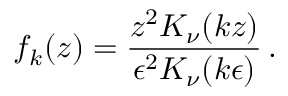
f _ { k } ( z ) = { \frac { z ^ { 2 } K _ { \nu } ( k z ) } { \epsilon ^ { 2 } K _ { \nu } ( k \epsilon ) } } \, .